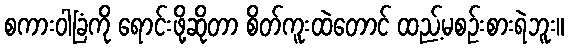
စကားဝါခြံကို ရောင်းဖို့ဆိုတာ စိတ်ကူးထဲတောင် ထည့်မစဉ်းစားရဲဘူး။